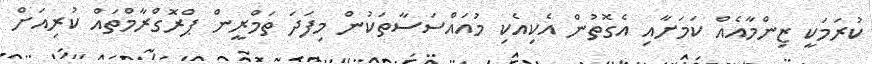
ކުރަމަކީ ޒިންމާއެއް ކަމަށާއި އެގޮތުން އެކިއެކި މުއައްސަސާތަކުން މިފަދަ ތަމްރީން ޕްރޮގްރާމްތައް ކުރިއަށް